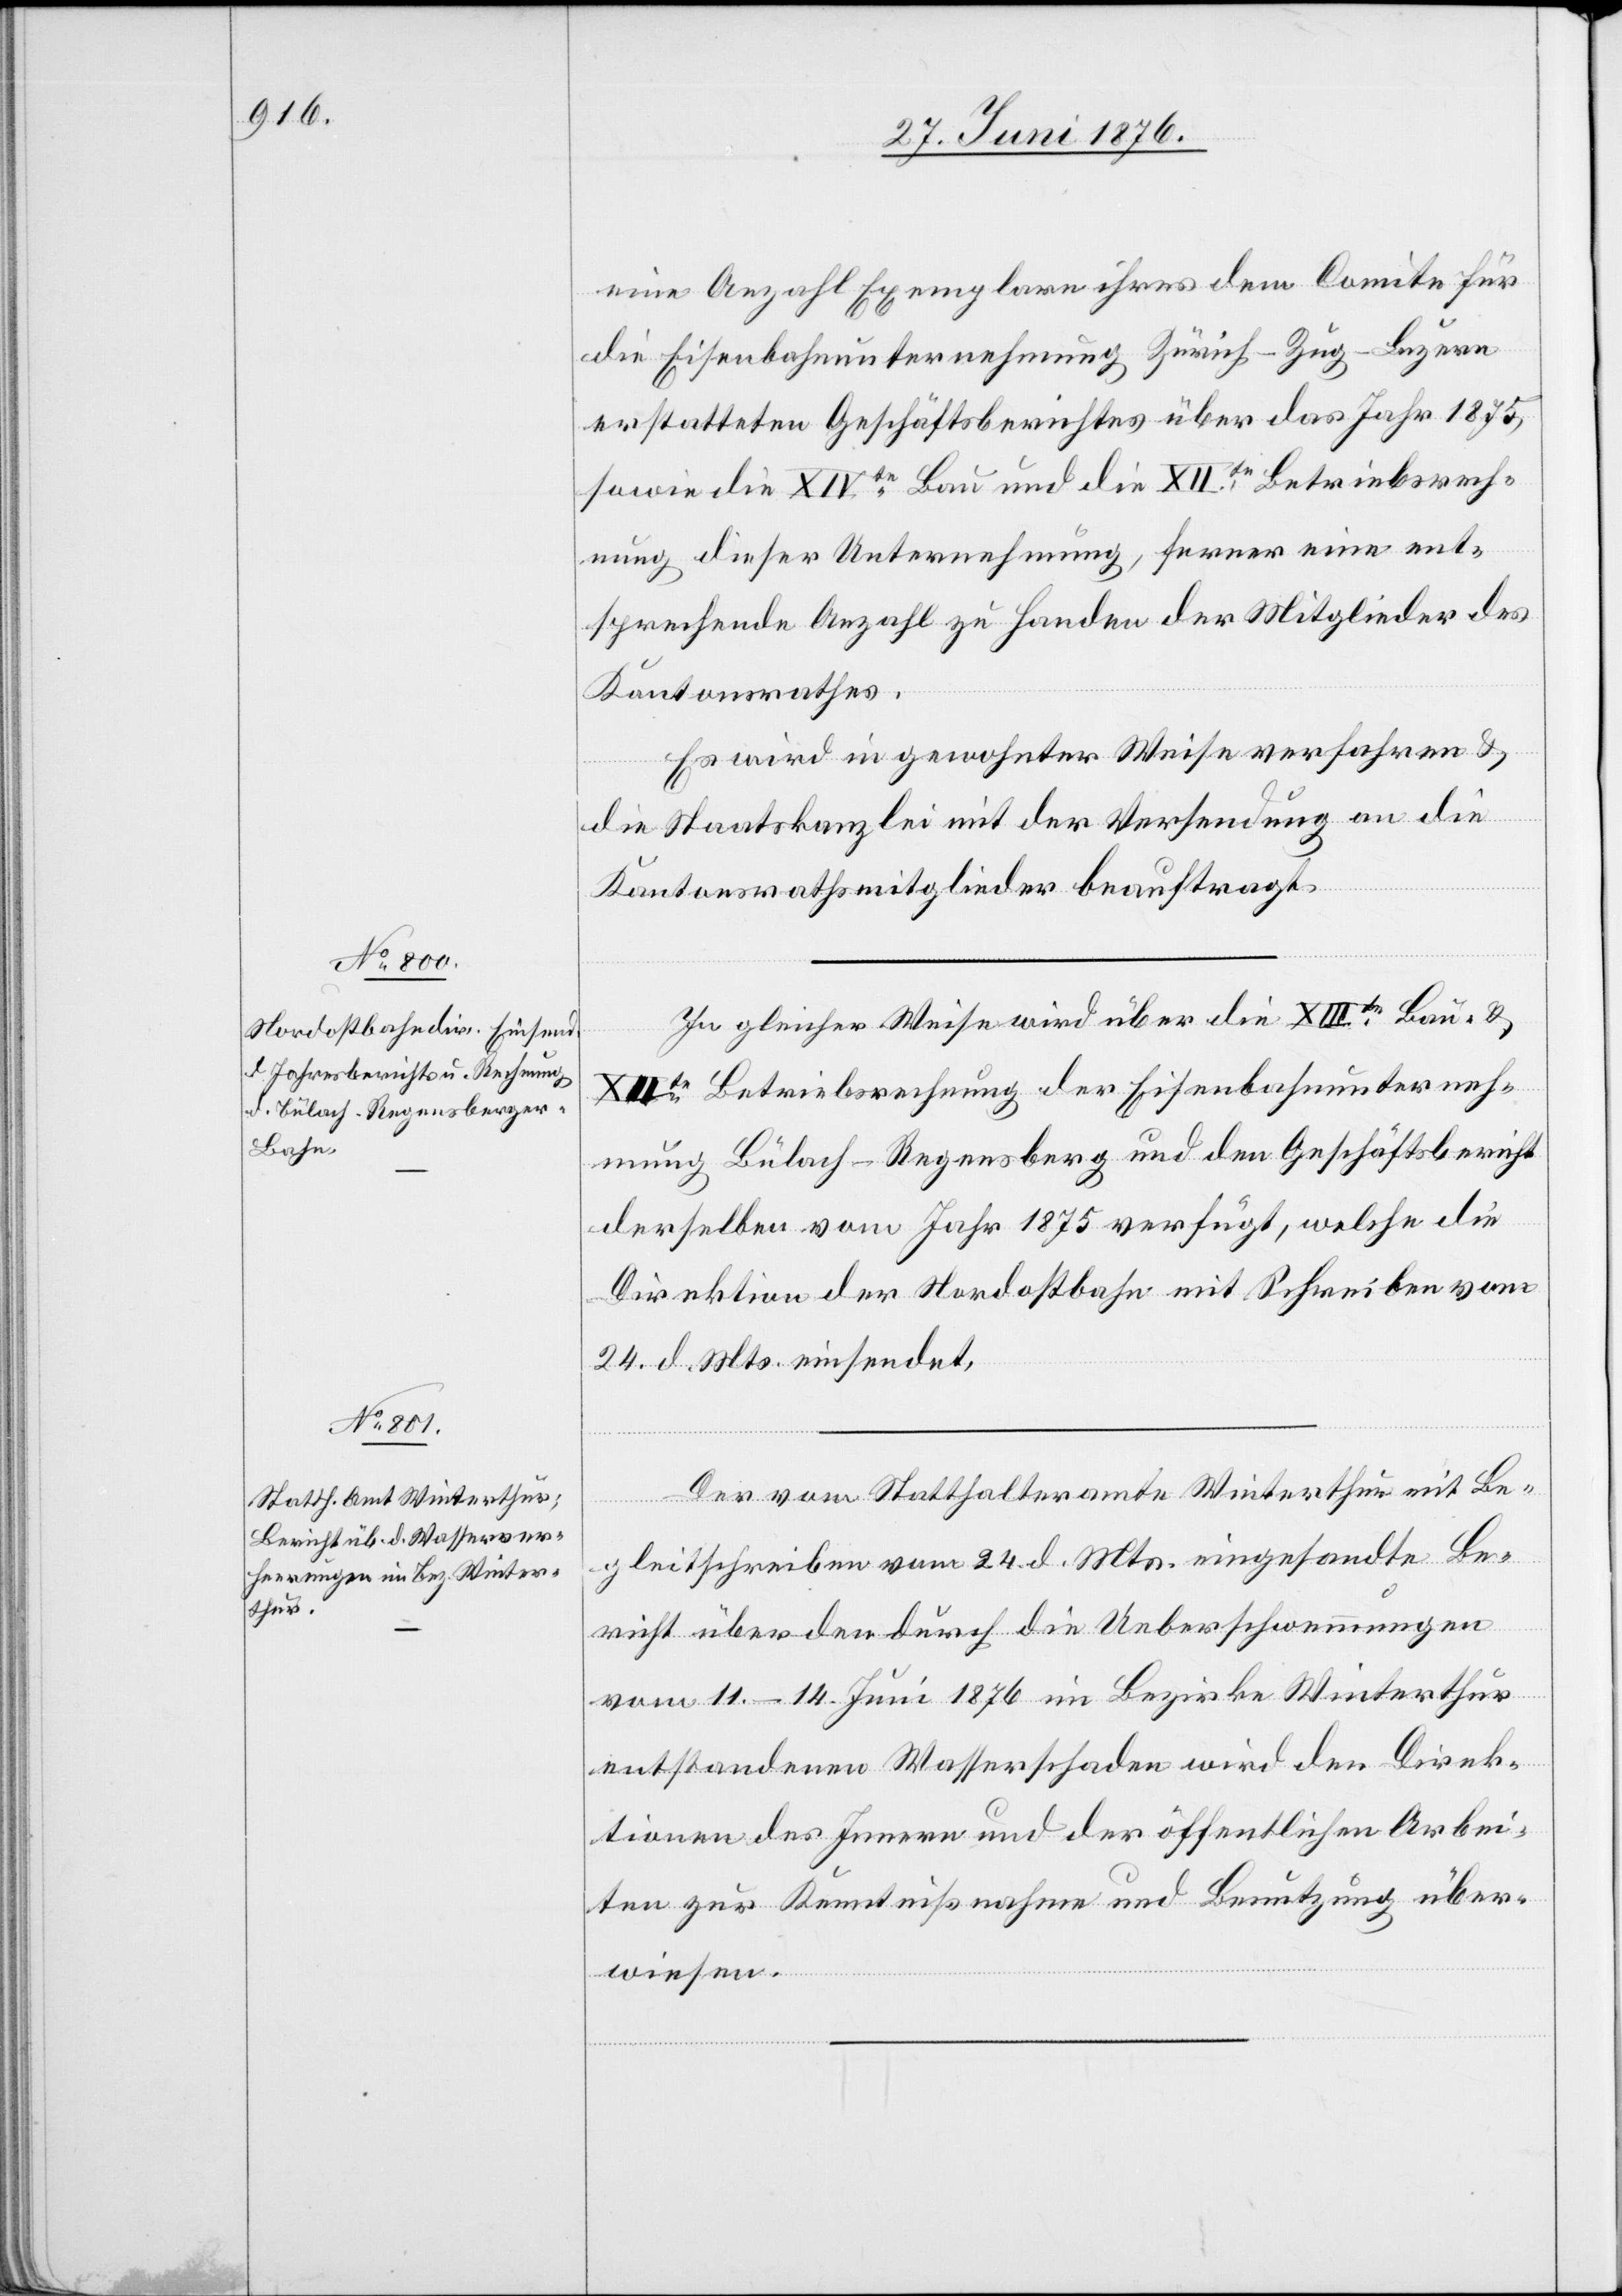
eine Anzahl Exemplare ihres dem Comite für
die Eisenbahnunternehmung Zürich–Zug–Luzern
erstatteten Geschäftsberichtes über das Jahr 1875,
sowie die XIVte Bau und die XIIte Betriebsrech¬
nung dieser Unternehmung, ferner eine ent¬
sprechende Anzahl zu Handen der Mitglieder des
Kantonsrathes.
Es wird in gewohnter Weise verfahren &
die Staatskanzlei mit der Versendung an die
Kantonsrathsmitglieder beauftragt.
In gleicher Weise wird über die XIIIte Bau- &
XIIte Betriebsrechnung der Eisenbahnunterneh¬
mung Bülach–Regensberg und den Geschäftsbericht
derselben vom Jahr 1875 verfügt, welche die
Direktion der Nordostbahn mit Schreiben vom
24. d. Mts. einsendet.
Der vom Statthalteramte Winterthur mit Be¬
gleitschreiben vom 24. d. Mts. eingesandte Be¬
richt über den durch die Ueberschwemmungen
vom 11.–14. Juni 1876 im Bezirke Winterthur
entstandenen Wasserschaden wird den Direk¬
tionen des Innern und der öffentlichen Arbei¬
ten zur Kenntnißnahme und Benutzung über¬
wiesen.